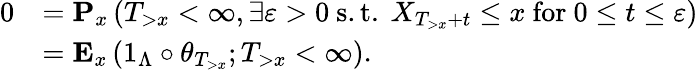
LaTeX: \begin{array}{rl}{0}&{=\mathbf{P}_{x}\left(T_{>x}<\infty,\exists\varepsilon>0\mathrm{~s.t.~}X_{T_{>x}+t}\leq x\mathrm{~for~}0\leq t\leq\varepsilon\right)}\\ &{=\mathbf{E}_{x}\left(1_{\Lambda}\circ\theta_{T_{>x}};T_{>x}<\infty\right).}\end{array}